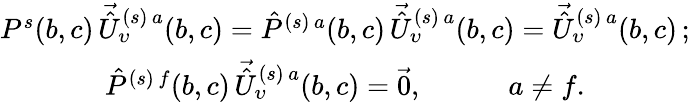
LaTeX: \begin{array}{c}{{P^{s}(b,c)\, \vec{\hat{U}}_{\upsilon}^{(s)\, a}(b,c)=\hat{P}^{(s)\, a}(b,c)\, \vec{\hat{U}}_{\upsilon}^{(s)\, a}(b,c)=\vec{\hat{U}}_{\upsilon}^{(s)\, a}(b,c)\, ;}}\\ {{\hat{P}^{(s)\, f}(b,c)\, \vec{\hat{U}}_{\upsilon}^{(s)\, a}(b,c)=\vec{0},\qquad\quad a\neq f.}}\end{array}